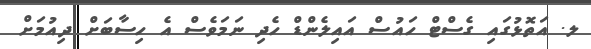
ލ. އަތޮޅުގައި ގެސްޓް ހައުސް އައިލެންޑް ހެދި ނަމަވެސް އެ ހިސާބަށް ދިއުމަށް